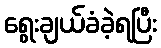
ရွေးချယ်ခံခဲ့ရပြီး